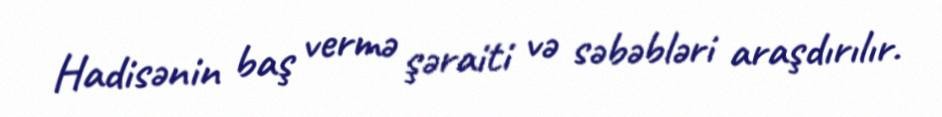
Hadisənin baş vermə şəraiti və səbəbləri araşdırılır.